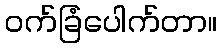
ဝက်ခြံပေါက်တာ။